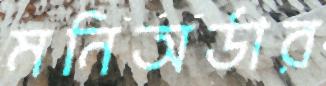
মনিঅর্ডার